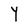
Character: Y